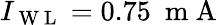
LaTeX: I_{\mathrm{~W~L~}}=0.75~\mathrm{~m~A~}